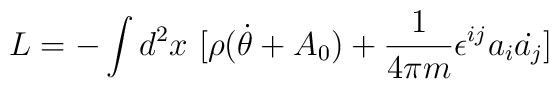
L = - \int d^2 x \ [ \rho (\dot{\theta} + A_0)+{1\over{4\pi m}}\epsilon^{ij}a_{i} \dot{a_{j}}]